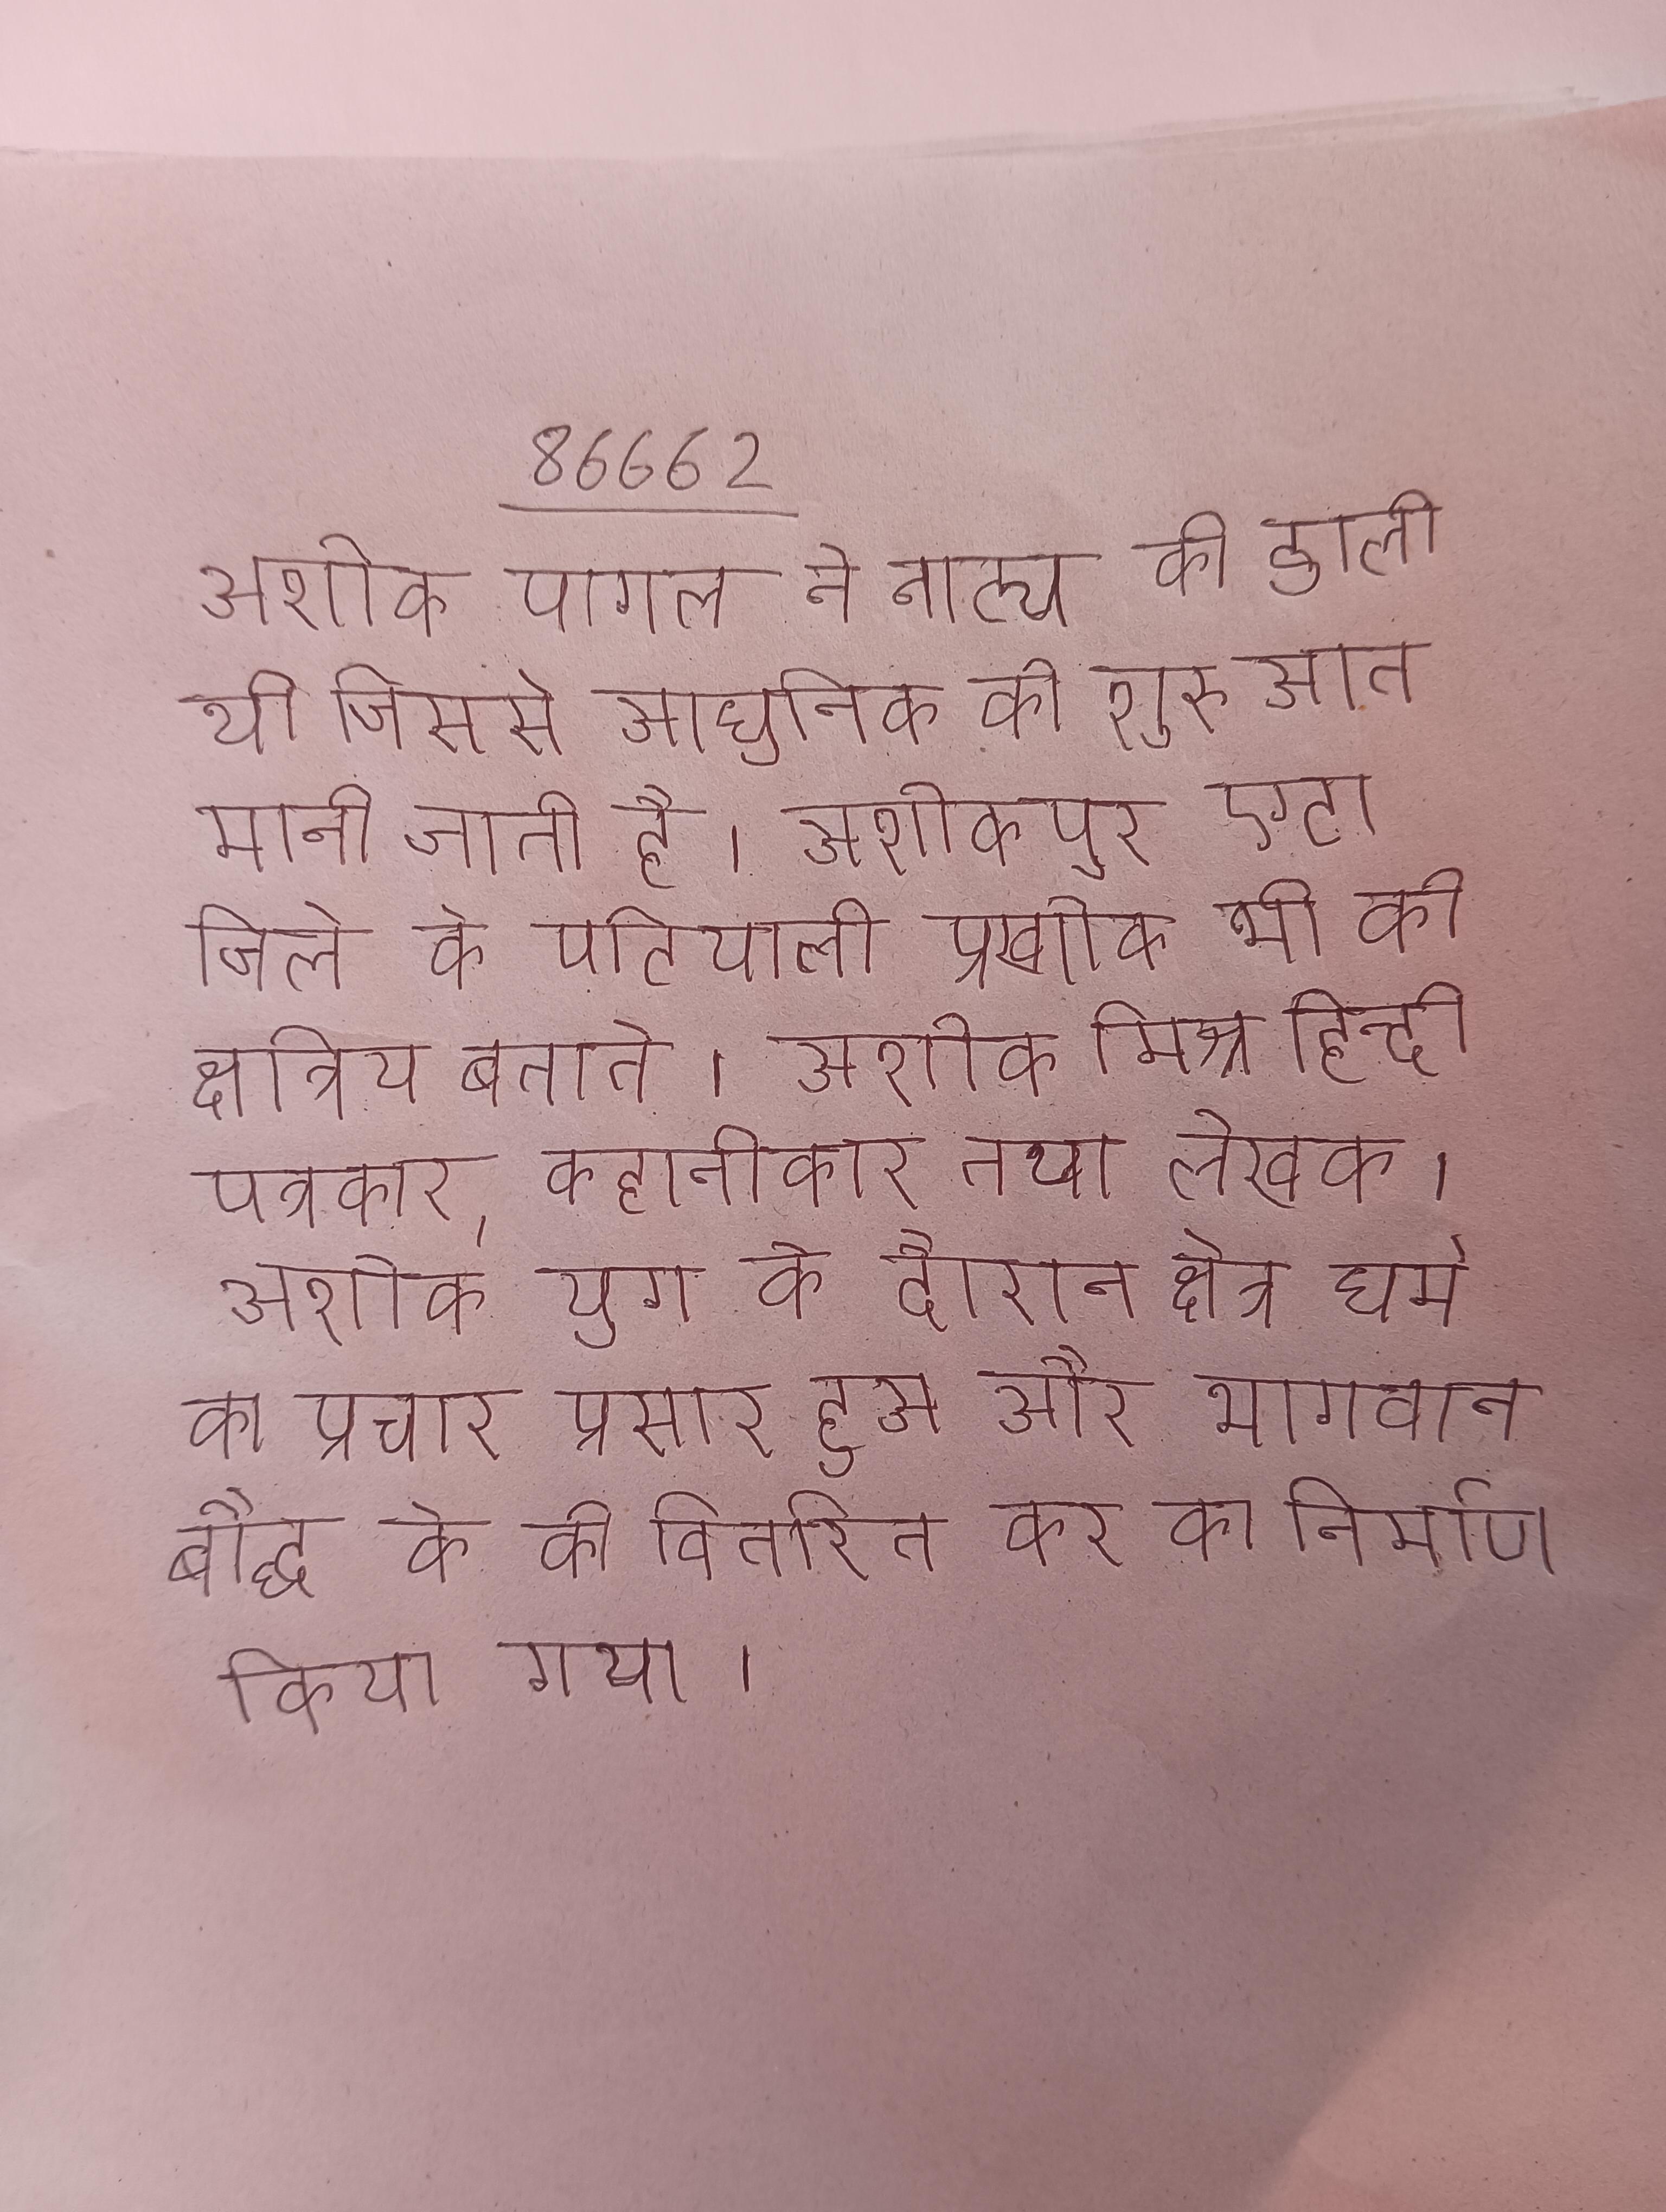
अशोक पागल ने नाट्य की डाली थी जिससे आधुनिक की शुरुआत मानी जाती है । अशोकपुर एटा जिले के पटियाली प्रखण्ड का एक है । अशोक भी को क्षत्रिय बताते । अशोक मिश्र हिन्दी पत्रकार, कहानीकार तथा लेखक । अशोक युग के दौरान क्षेत्र धर्म का प्रचार प्रसार हुआ और भगवान बौद्ध के को वितरित कर का निर्माण किया गया ।